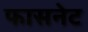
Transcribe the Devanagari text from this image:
फासनेट